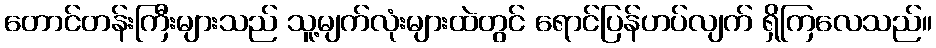
တောင်တန်းကြီးများသည် သူ့မျက်လုံးများထဲတွင် ရောင်ပြန်ဟပ်လျက် ရှိကြလေသည်။